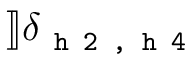
] \! ] \delta _ { \texttt { h 2 , h 4 } }